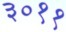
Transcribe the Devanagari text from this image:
३०११